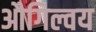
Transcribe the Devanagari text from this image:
औगिल्वय